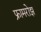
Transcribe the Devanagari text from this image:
फ्रामरोझ